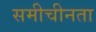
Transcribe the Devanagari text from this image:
समीचीनता